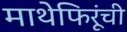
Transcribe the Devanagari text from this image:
माथेफिरूंची